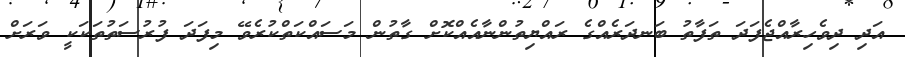
އަދި ދިވެހިރާއްޖެފަދަ ތަފާތު ބަނދަރެއްގެ ރައްޔިތުންނާއެއްކޮށް ގާތުން މަސައްކަތްކުރެވޭ މިފަދަ ފުރުސަތުތަކަކީ ވަރަށް